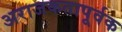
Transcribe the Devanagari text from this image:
अराजकतापूर्वक